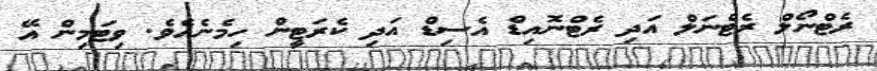
ރެޓްނޯލް ރެޓްނަލް އަދި ރެޓްނޮއިޑް އެސިޑް އަދި ކެރަޓީން ހިމެނެއެވެ. ވިޓަމިން އޭ